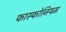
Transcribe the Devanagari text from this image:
फास्फोनियम